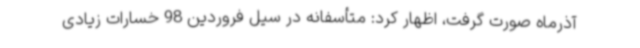
آذرماه صورت گرفت، اظهار کرد: متأسفانه در سیل فروردین 98 خسارات زیادی